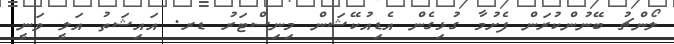
ލޯންޗު ބޭނުންކުރަން ފެށުމާ ގުޅިގެން އެޑިއުކޭޝަން މިނިސްޓަރު ޑރ. އައިޝަތު އަލީ ވަނީ